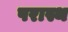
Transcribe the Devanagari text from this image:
परास्थ